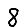
Digit: 8